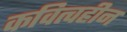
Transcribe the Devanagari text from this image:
कवित्वहीन